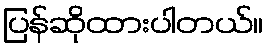
ပြန်ဆိုထားပါတယ်။